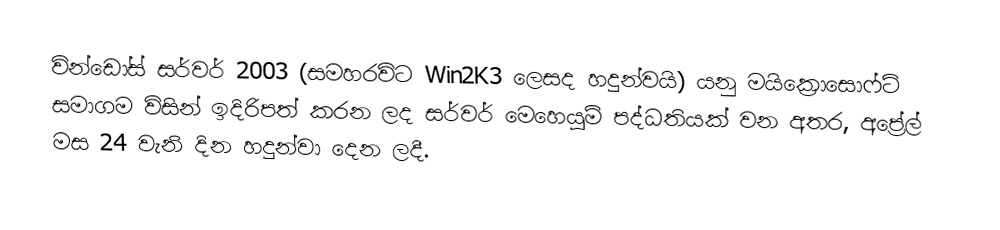
වින්ඩෝස් සර්වර් 2003 (සමහරවිට Win2K3 ලෙසද හදුන්වයි) යනු මයික්‍රොසොෆ්ට් සමාගම විසින් ඉදිරිපත් කරන ලද සර්වර් මෙහෙයුම් පද්ධතියක් වන අතර, අප්‍රේල් මස 24 වැනි දින හදුන්වා දෙන ලදී.